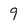
Character: 9